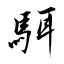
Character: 駬